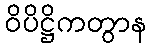
ဝိပိဋ္ဌိကတွာန